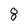
Character: 8